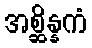
အစ္ဆိန္နကံ